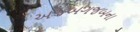
અજબગજબના